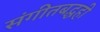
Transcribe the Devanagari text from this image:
संगीतबद्धही